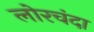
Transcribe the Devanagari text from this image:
लोरचंदा